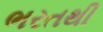
ભરતથી